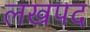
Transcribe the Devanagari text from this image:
लखपद